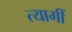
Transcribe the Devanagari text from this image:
त्यागीं